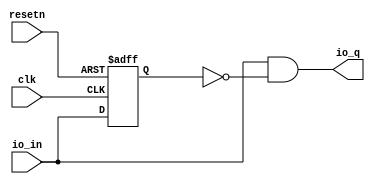
module EdgeDetect (
      input   io_in,
      output  io_q,
      input   clk,
      input   resetn);
  reg  old_in;
  assign io_q = (io_in && (! old_in));
  always @ (posedge clk or negedge resetn) begin
    if (!resetn) begin
      old_in <= 1'b0;
    end else begin
      old_in <= io_in;
    end
  end

endmodule